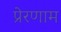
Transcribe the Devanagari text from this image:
प्रेरणाम